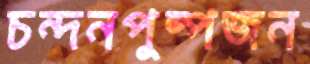
চন্দনপুষ্পজন